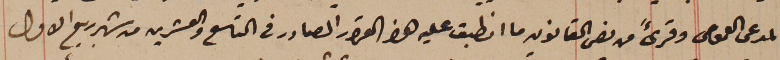
المدعى العمومى وقرىءَ من نص القانون ما انطبق عليه هذا القرار الصادر فى التاسع والعشرين من شهر ربيع الاول